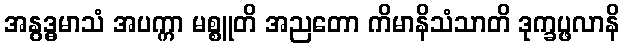
အနွဒ္ဓမာသံ အပက္ကာ မစ္စူတိ အညတော ကိမာနိသံသာတိ ဒုက္ခပ္ဖလာနိ